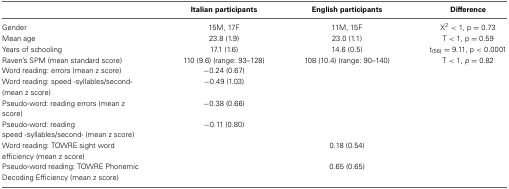
<table><thead><tr><td></td><td><b>Italian participants</b></td><td><b>English participants</b></td><td><b>Difference</b></td></tr></thead><tbody><tr><td>Gender</td><td>15M, 17F</td><td>11M, 15F</td><td>X<sup>2</sup> &lt; 1, p = 0.73</td></tr><tr><td>Mean age</td><td>23.8 (1.9)</td><td>23.0 (1.1)</td><td>T &lt; 1, p = 0.59</td></tr><tr><td>Years of schooling</td><td>17.1 (1.6)</td><td>14.6 (0.5)</td><td>t<sub>(56)</sub> = 9.11, p &lt; 0.0001</td></tr><tr><td>Raven&#x27;s SPM (mean standard score)</td><td>110 (9.6) (range: 93–128)</td><td>108 (10.4) (range: 90–140)</td><td>T &lt; 1, <i>p</i> = 0.82</td></tr><tr><td>Word reading: errors (mean z score)</td><td>−0.24 (0.67)</td><td></td><td></td></tr><tr><td>Word reading: speed -syllables/second- (mean z score)</td><td>−0.49 (1.03)</td><td></td><td></td></tr><tr><td>Pseudo-word: reading errors (mean z score)</td><td>−0.38 (0.66)</td><td></td><td></td></tr><tr><td>Pseudo-word: reading speed -syllables/second- (mean z score)</td><td>−0.11 (0.80)</td><td></td><td></td></tr><tr><td>Word reading: TOWRE sight word efficiency (mean z score)</td><td></td><td>0.18 (0.54)</td><td></td></tr><tr><td>Pseudo-word reading: TOWRE Phonemic Decoding Efficiency (mean z score)</td><td></td><td>0.65 (0.65)</td><td></td></tr></tbody></table>